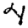
Digit: 4